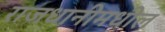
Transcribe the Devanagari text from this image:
राजधानीमधील